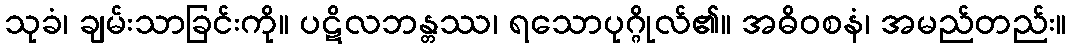
သုခံ၊ ချမ်းသာခြင်းကို။ ပဋိလဘန္တဿ၊ ရသောပုဂ္ဂိုလ်၏။ အဓိဝစနံ၊ အမည်တည်း။